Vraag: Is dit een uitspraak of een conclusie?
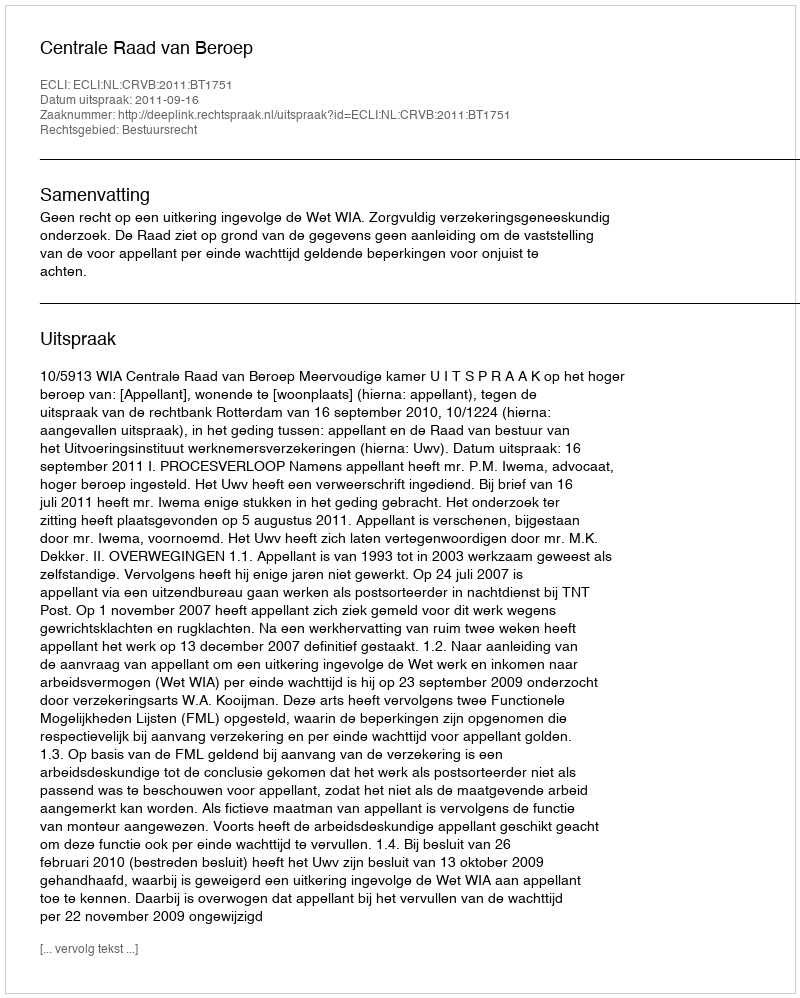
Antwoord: Uitspraak